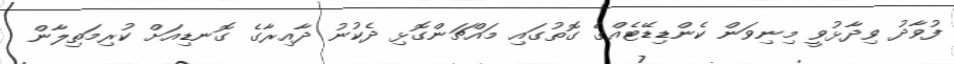
ފުވާދު ވިދާޅުވީ މިނިވަން ކެންޑިޑޭޓެއްގެ ގޮތުގައި މައްޗަންގޮޅި ދެކުނު ދާއިރާގެ ގޮނޑިއަށް ކުރިމަތިލާން